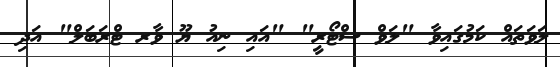
ލަވަތައް ކަމުގައިވާ "ލަވް ސްޓޯރީ" "އައި ނިއު ޔޫ ވާރ ޓްރަބަލް" އަދި